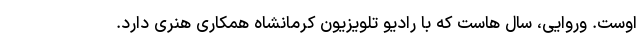
اوست. وروایی، سال هاست که با رادیو تلویزیون کرمانشاه همکاری هنری دارد.